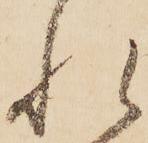
れ